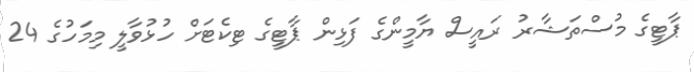
ޕާޓީގެ މުސްތަޝާރު ރައީސް ޔާމީންގެ ފަޅިން ޕާޓީގެ ޓިކެޓަށް ހުޅުވާލީ މިމަހުގެ 24